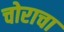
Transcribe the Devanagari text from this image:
चोराचा